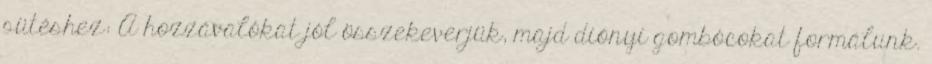
sütéshez: A hozzávalókat jól összekeverjük, majd diónyi gombócokat formálunk.